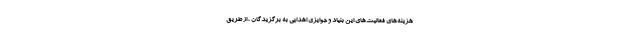
هزینه‌های فعالیت‌های این بنیاد و جوایزی اهدایی به برگزیدگان ، از طریق